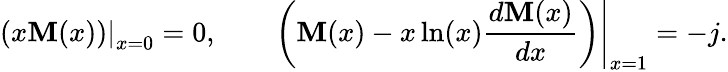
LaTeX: \left.\left(x\mathbf{M}(x)\right)\right|_{x=0}=0,\qquad\left.\left(\mathbf{M}(x)-x\ln(x)\frac{{d\mathbf{M}(x)}}{{dx}}\right)\right|_{x=1}=-j.